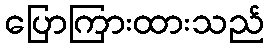
ပြောကြားထားသည်